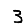
Digit: 3